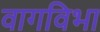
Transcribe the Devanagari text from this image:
वागविभा